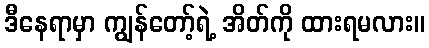
ဒီနေရာမှာ ကျွန်တော့်ရဲ့ အိတ်ကို ထားရမလား။